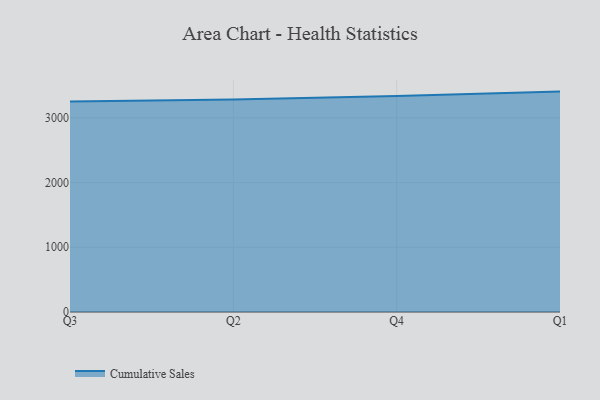
{"axis": {"x": "Quarter", "y": "Inventory Turnover"}, "legend": ["Cumulative Sales"], "data": [{"x": "Q3", "y": 3250.0, "type": "Cumulative Sales"}, {"x": "Q2", "y": 3280.8, "type": "Cumulative Sales"}, {"x": "Q4", "y": 3335.9, "type": "Cumulative Sales"}, {"x": "Q1", "y": 3404.7, "type": "Cumulative Sales"}]}